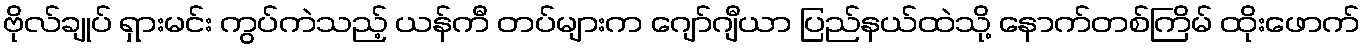
ဗိုလ်ချုပ် ရှားမင်း ကွပ်ကဲသည့် ယန်ကီ တပ်များက ဂျော်ဂျီယာ ပြည်နယ်ထဲသို့ နောက်တစ်ကြိမ် ထိုးဖောက်